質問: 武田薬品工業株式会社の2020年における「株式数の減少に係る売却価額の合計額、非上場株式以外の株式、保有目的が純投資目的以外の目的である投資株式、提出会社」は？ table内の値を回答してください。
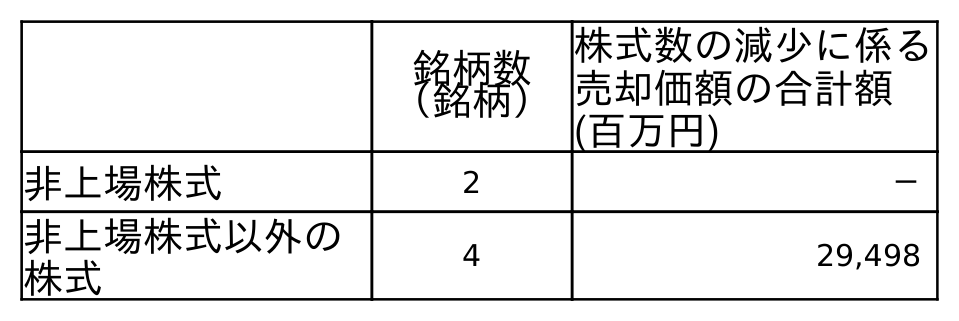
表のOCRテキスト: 銘柄数 （銘柄） 株式数の減少に係る 売却価額の合計額 (百万円) 非上場株式 2 － 非上場株式以外の 株式 4 29,498
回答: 29,498